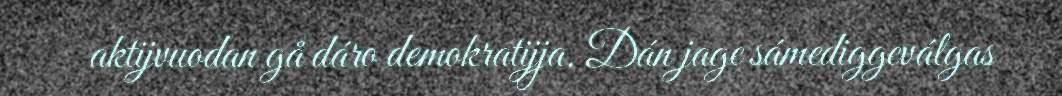
aktijvuodan gå dáro demokratijja. Dán jage sámediggeválgas